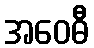
အဝေဓီ